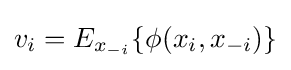
{{v}_{i}}={{E}_{{x}_{-i}}}\{\phi ({{x}_{i}},{{x}_{-i}})\}